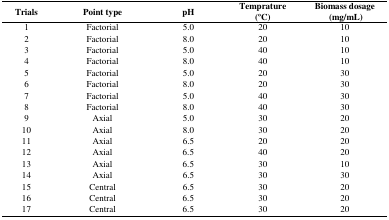
| Trials | Point type | pH | Temprature (oC) | Biomass dosage (mg/mL) |
 | --- | --- | --- | --- | --- |
 | 1 | Factorial | 5.0 | 20 | 10 |
 | 2 | Factorial | 8.0 | 20 | 10 |
 | 3 | Factorial | 5.0 | 40 | 10 |
 | 4 | Factorial | 8.0 | 40 | 10 |
 | 5 | Factorial | 5.0 | 20 | 30 |
 | 6 | Factorial | 8.0 | 20 | 30 |
 | 7 | Factorial | 5.0 | 40 | 30 |
 | 8 | Factorial | 8.0 | 40 | 30 |
 | 9 | Axial | 5.0 | 30 | 20 |
 | 10 | Axial | 8.0 | 30 | 20 |
 | 11 | Axial | 6.5 | 20 | 20 |
 | 12 | Axial | 6.5 | 40 | 20 |
 | 13 | Axial | 6.5 | 30 | 10 |
 | 14 | Axial | 6.5 | 30 | 30 |
 | 15 | Central | 6.5 | 30 | 20 |
 | 16 | Central | 6.5 | 30 | 20 |
 | 17 | Central | 6.5 | 30 | 20 |